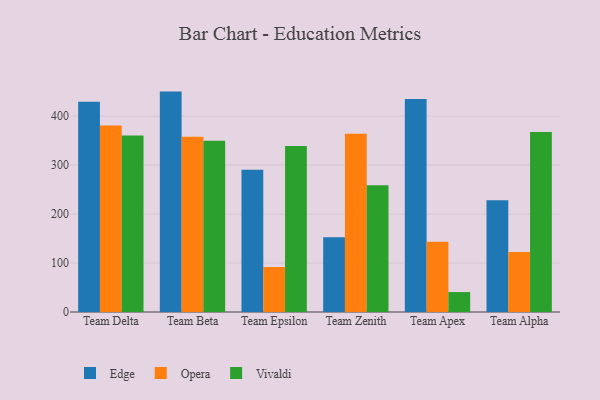
{"axis": {"x": "Team", "y": "Shipments"}, "legend": ["Edge", "Opera", "Vivaldi"], "data": [{"x": "Team Delta", "y": 429.4, "type": "Edge"}, {"x": "Team Delta", "y": 380.7, "type": "Opera"}, {"x": "Team Delta", "y": 360.5, "type": "Vivaldi"}, {"x": "Team Beta", "y": 450.1, "type": "Edge"}, {"x": "Team Beta", "y": 358.0, "type": "Opera"}, {"x": "Team Beta", "y": 349.7, "type": "Vivaldi"}, {"x": "Team Epsilon", "y": 290.3, "type": "Edge"}, {"x": "Team Epsilon", "y": 92.1, "type": "Opera"}, {"x": "Team Epsilon", "y": 339.2, "type": "Vivaldi"}, {"x": "Team Zenith", "y": 152.9, "type": "Edge"}, {"x": "Team Zenith", "y": 364.1, "type": "Opera"}, {"x": "Team Zenith", "y": 258.9, "type": "Vivaldi"}, {"x": "Team Apex", "y": 434.8, "type": "Edge"}, {"x": "Team Apex", "y": 143.4, "type": "Opera"}, {"x": "Team Apex", "y": 40.7, "type": "Vivaldi"}, {"x": "Team Alpha", "y": 228.2, "type": "Edge"}, {"x": "Team Alpha", "y": 122.6, "type": "Opera"}, {"x": "Team Alpha", "y": 367.7, "type": "Vivaldi"}]}